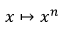
x \mapsto x ^ { n }